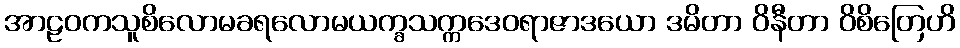
အာဠဝကသူစိလောမခရလောမယက္ခသက္ကဒေဝရာဇာဒယော ဒမိတာ ဝိနီတာ ဝိစိတြေဟိ